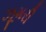
ઝૂમરી